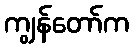
ကျွန်တော်က